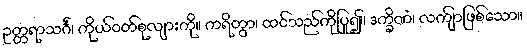
ဥတ္တရာသင်္ဂံ၊ ကိုယ်ဝတ်စုလျားကို။ ကရိတွာ၊ ထင်သည်ကိုပြု၍။ ဒက္ခိဏံ၊ လကျာ်ဖြစ်သော။